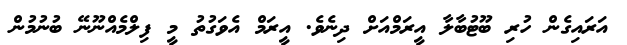
އަރައިގެން ހުރި ބޫޓުބާލާ އީރަމްއަށް ދިނެވެ. އީރަމް އެވަގުތު މީ ފިލްމެއްނޫނޭ ބުނުމުން